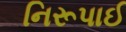
નિરૂપાઈ